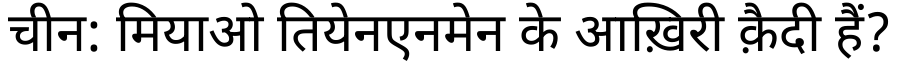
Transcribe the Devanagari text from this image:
चीन: मियाओ तियेनएनमेन के आख़िरी क़ैदी हैं?